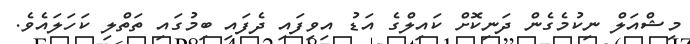
މިޝްއަލް ނިކުމެގެން ދަނިކޮށް ކައިލްގެ އަޑު އިވިފައި ދެފައި ބިމުގައި ތަތްލި ކަހަލައެވެ.